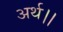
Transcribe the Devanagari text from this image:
अर्थ।।